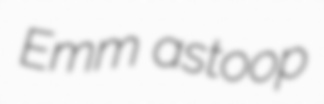
Emm astoop